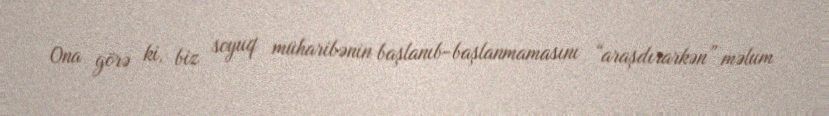
Ona görə ki, biz soyuq müharibənin başlanıb-başlanmamasını “araşdırarkən” məlum